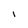
Character: I